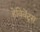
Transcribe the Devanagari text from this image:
हेविवेंट्स